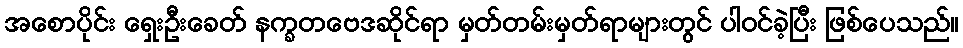
အစောပိုင်း ရှေးဦးခေတ် နက္ခတဗေဒဆိုင်ရာ မှတ်တမ်းမှတ်ရာများတွင် ပါဝင်ခဲ့ပြီး ဖြစ်ပေသည်။